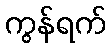
ကွန်ရက်